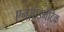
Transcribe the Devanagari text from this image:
एनज़ाइमैटिक